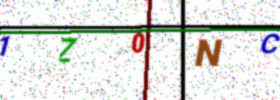
Text: 1Z0NC